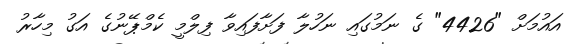
އައުމަށް "4426" ގެ ނަމުގައި ނަހުލާ ފަށާފައިވާ ފިލްމީ ކެމްޕޭނުގެ އަގު މިހާރު